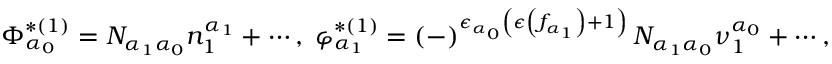
\Phi _ { \alpha _ { 0 } } ^ { * ( 1 ) } = N _ { \alpha _ { 1 } \alpha _ { 0 } } n _ { 1 } ^ { \alpha _ { 1 } } + \cdots , \; \varphi _ { \alpha _ { 1 } } ^ { * ( 1 ) } = \left( - \right) ^ { \epsilon _ { \alpha _ { 0 } } \left( \epsilon \left( f _ { \alpha _ { 1 } } \right) + 1 \right) } N _ { \alpha _ { 1 } \alpha _ { 0 } } \nu _ { 1 } ^ { \alpha _ { 0 } } + \cdots ,